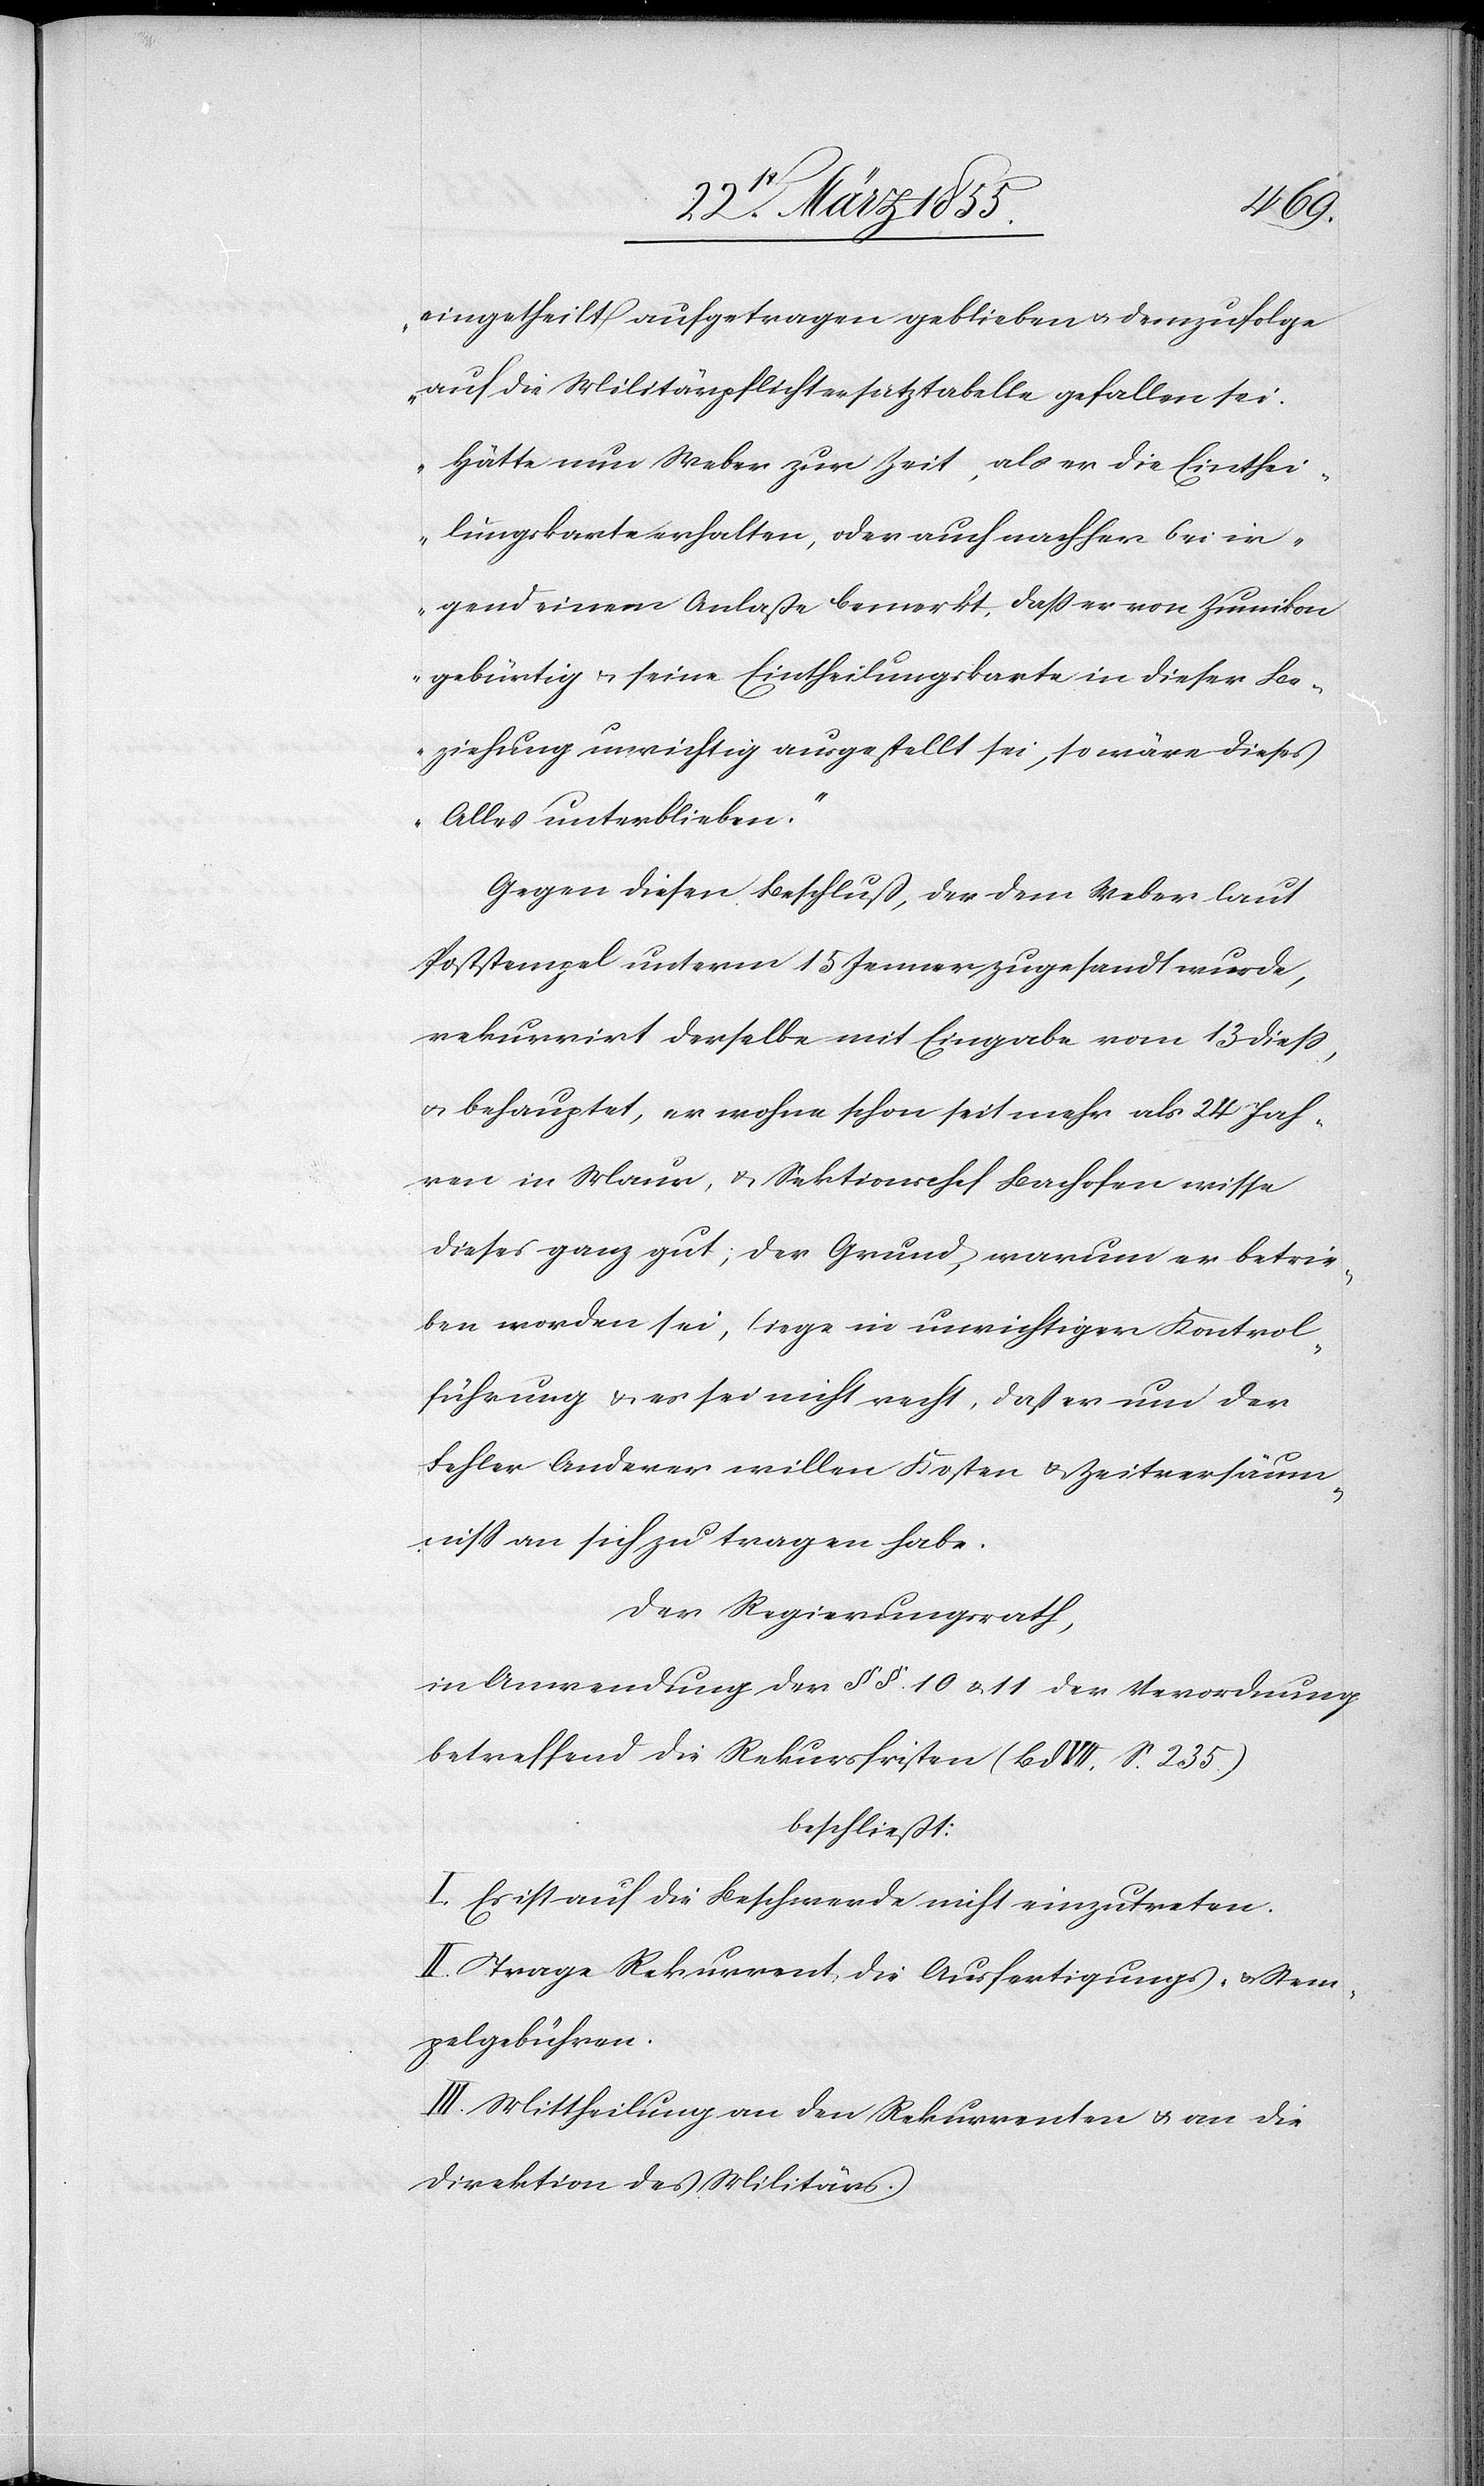
eingetheilt aufgetragen geblieben & demzufolge
auf die Militärpflichtersatztabelle gefallen sei.
Hätte nun Weber zur Zeit, als er die Einthei¬
lungskarte erhalten, oder auch nachher bei ir¬
gend einem Anlaße bemerkt, dass er von Zumikon
gebürtig & seine Eintheilungskarte in dieser Be¬
ziehung unrichtig ausgestellt sei, so wäre dieses
Alles unterblieben.“
Gegen diesen Beschluß, der dem Weber laut
Poststempel unterm 15 Jenner zugesandt wurde,
rekurrirt derselbe mit Eingabe vom 13 diess,
& behauptet, er wohne schon seit mehr als 24 Jah¬
ren in Maur, & Sektionschef Bachofen wisse
dieses ganz gut; der Grund, warum er betrie¬
ben worden sei, liege in unrichtiger Kontrol¬
führung & es sei nicht recht, daß er um der
Fehler Anderer willen Kosten & Zeitversäum¬
niss an sich zu tragen habe.
Der Regierungsrath,
in Anwendung der §§. 10 & 11 der Verordnung
betreffend die Rekursfristen (Bd VII. S. 235.)
beschließt:
I. Es ist auf die Beschwerde nicht einzutreten.
II. Trage Rekurrent die Ausfertigungs- & Stem¬
pelgebühren.
III. Mittheilung an den Rekurrenten & an die
Direktion des Militärs.